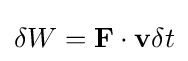
\delta W=\mathbf {F} \cdot \mathbf {v} \delta t